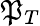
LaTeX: \mathfrak{P}_{T}